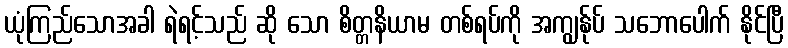
ယုံကြည်သောအခါ ရဲရင့်သည် ဆို သော စိတ္တနိယာမ တစ်ရပ်ကို အကျွန်ုပ် သဘောပေါက် နိုင်ပြီ